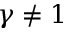
\gamma \neq 1